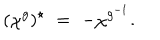
( \chi ^ { g } ) ^ { \star } \; = \; - \chi ^ { g ^ { - 1 } } .